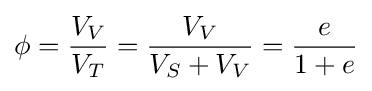
\phi ={\frac {V_{V}}{V_{T}}}={\frac {V_{V}}{V_{S}+V_{V}}}={\frac {e}{1+e}}